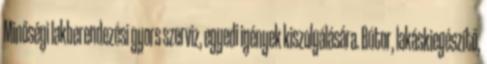
Minőségi lakberendezési gyors szerviz, egyedi igények kiszolgálására. Bútor, lakáskiegészítő,